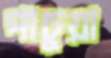
পাচুয়া